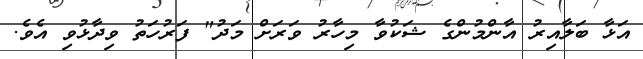
އަޅާ ބަލާއިރު އާންމުންގެ ޝަކުވާ މިހާރު ވަރަށް މަދު" ފަރުހަތު ވިދާޅުވި އެވެ.